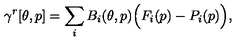
\gamma ^ { r } [ \theta , p ] = \sum _ { i } B _ { i } ( \theta , p ) \Big ( F _ { i } ( p ) - P _ { i } ( p ) \Big ) ,